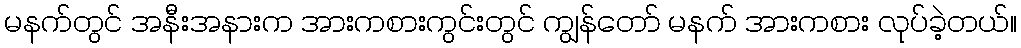
မနက်တွင် အနီးအနားက အားကစားကွင်းတွင် ကျွန်တော် မနက် အားကစား လုပ်ခဲ့တယ်။